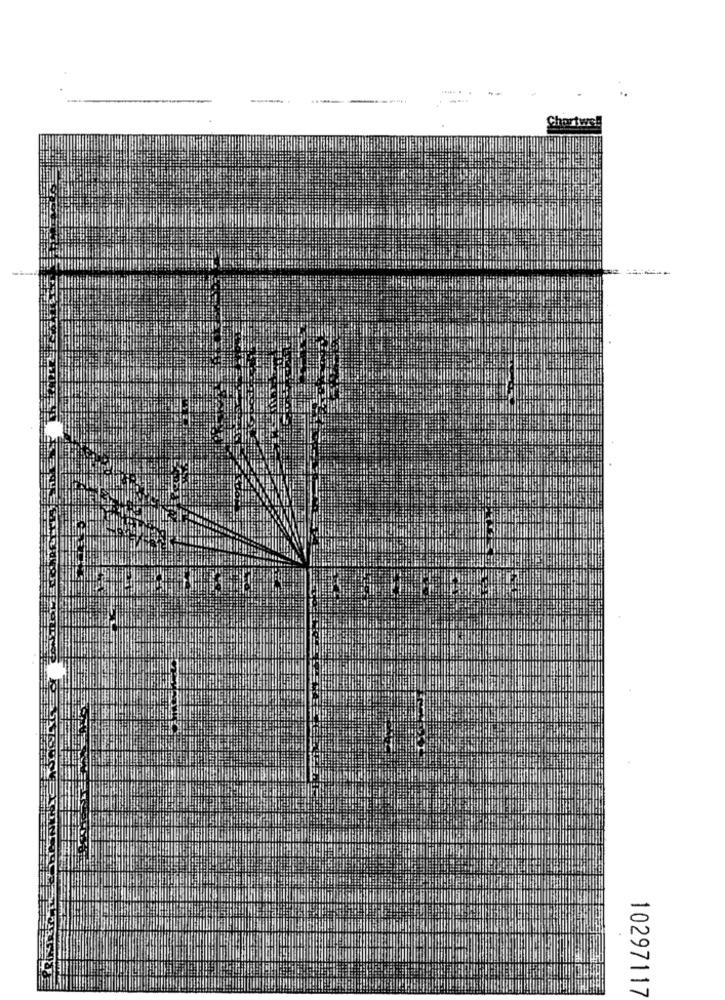
..... .
Chartwe
10297117